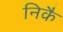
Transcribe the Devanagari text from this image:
निकै